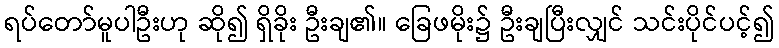
ရပ်တော်မူပါဦးဟု ဆို၍ ရှိခိုး ဦးချ၏။ ခြေဖမိုး၌ ဦးချပြီးလျှင် သင်းပိုင်ပင့်၍